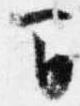
間